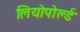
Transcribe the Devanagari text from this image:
लियोपोर्ल्ड